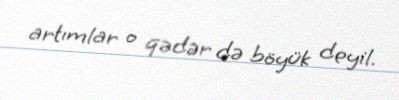
artımlar o qədər də böyük deyil.